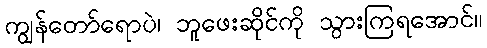
ကျွန်တော်ရောပဲ၊ ဘူဖေးဆိုင်ကို သွားကြရအောင်။